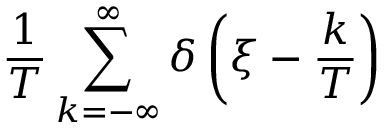
{ \frac { 1 } { T } } \sum _ { k = - \infty } ^ { \infty } \delta \left( \xi - { \frac { k } { T } } \right)